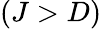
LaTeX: (J>D)